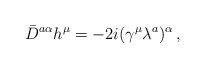
\begin{align*}\bar{D}^{a\alpha}h^{\mu}=-2i(\gamma^{\mu}\lambda^{a})^{\alpha}\,,\end{align*}